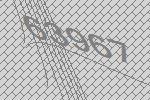
63967